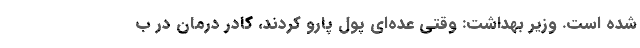
شده است. وزیر بهداشت: وقتی عده‌ای پول پارو کردند، کادر درمان در ب